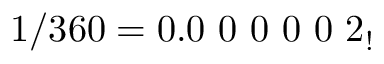
1 / 3 6 0 = 0 . 0 \ 0 \ 0 \ 0 \ 0 \ 2 _ { ! }